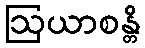
ဩယာစန္တိ